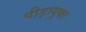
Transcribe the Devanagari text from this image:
पीड़ायुक्‍त